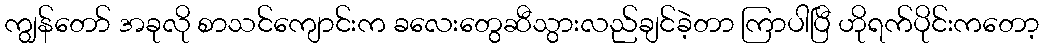
ကျွန်တော် အခုလို စာသင်ကျောင်းက ခလေးတွေဆီသွားလည်ချင်ခဲ့တာ ကြာပါပြီ ဟိုရက်ပိုင်းကတော့